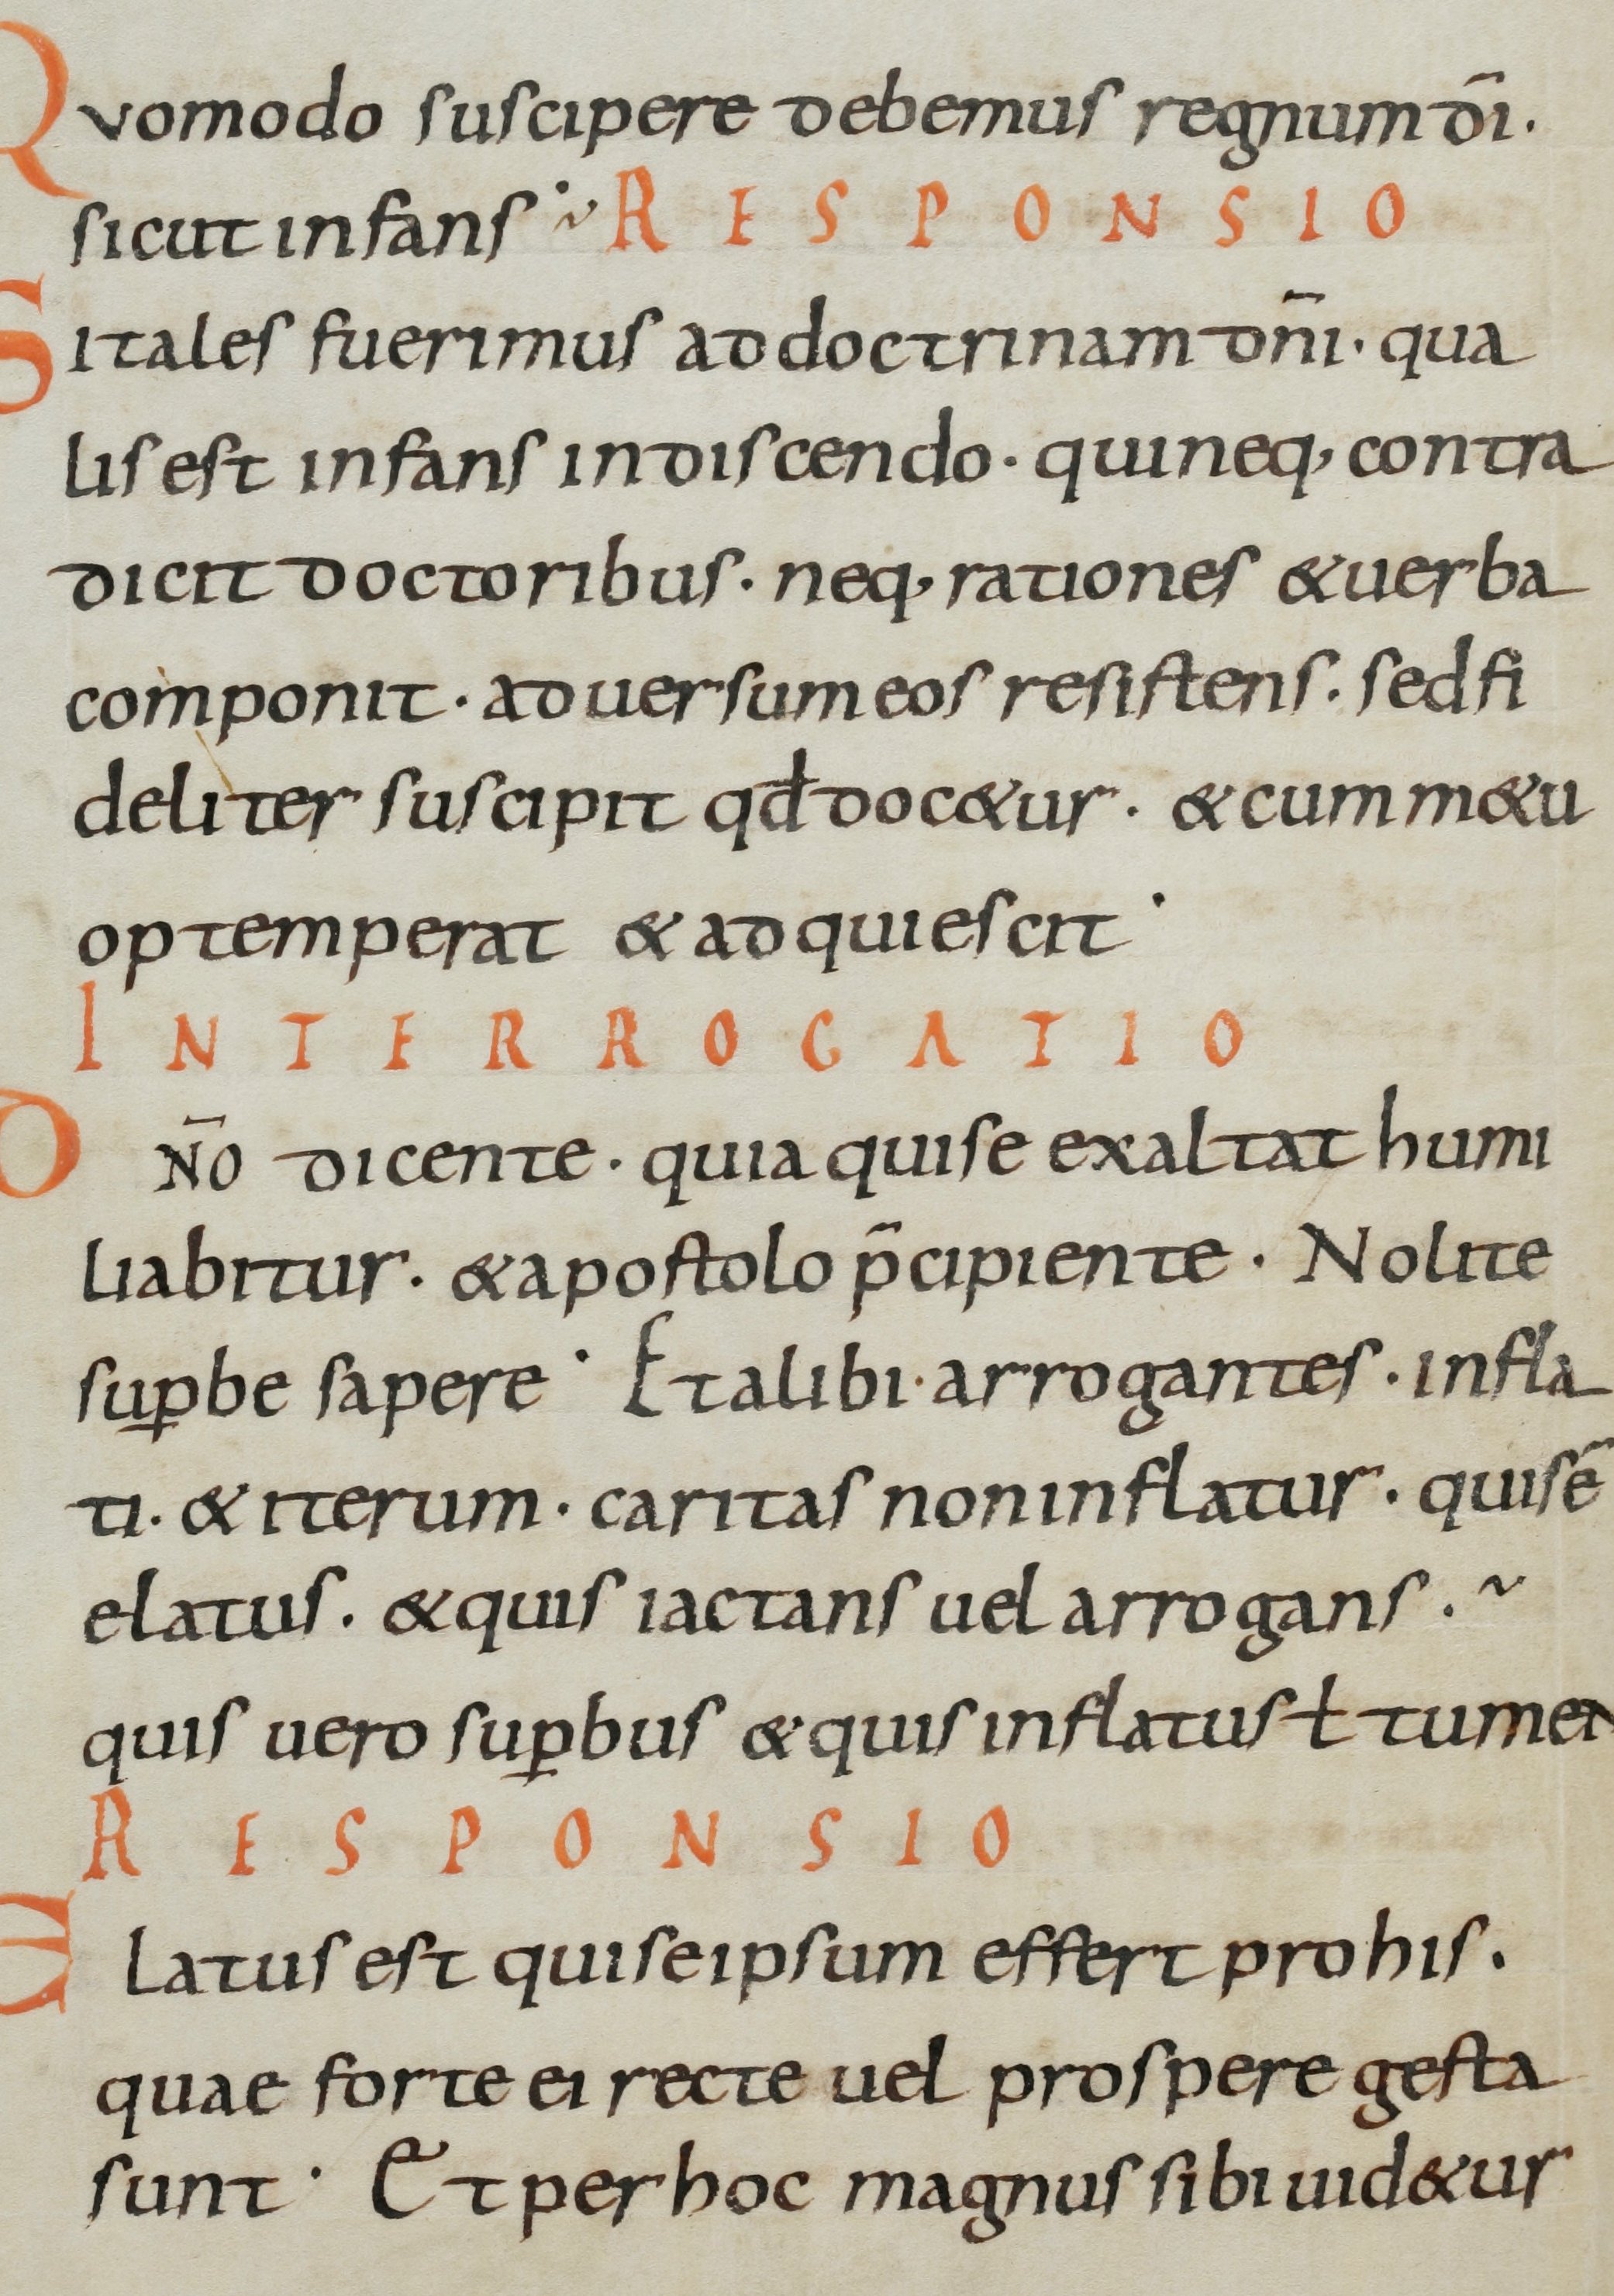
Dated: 800–899